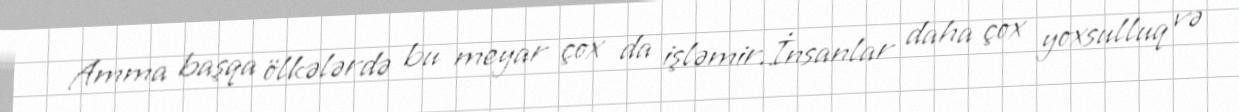
Amma başqa ölkələrdə bu meyar çox da işləmir.İnsanlar daha çox yoxsulluq və